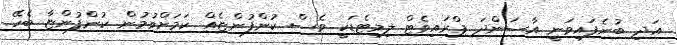
އަދި ބުނެފައިވަނީ އާސަންދަ ޕްރައިވެޓް ލިމިޓެޑަކީ ވެސް ކުންފުންޏެއް ކަމަށްވުމުން ކުންފުންޏާ ބެހޭ